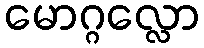
မောဂ္ဂလ္လော